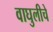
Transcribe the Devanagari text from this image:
वाघुलीचे